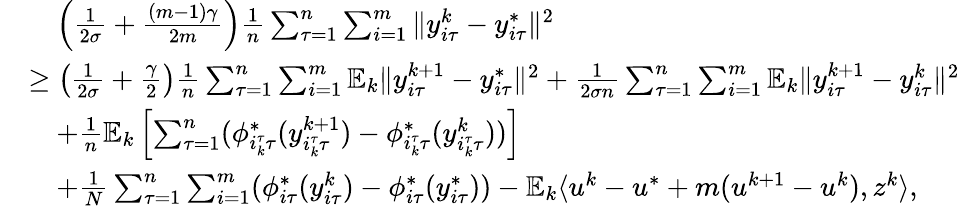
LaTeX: \begin{array}{rl}&{\quad\left(\frac{1}{2\sigma}+\frac{(m-1)\gamma}{2m}\right)\frac{1}{n}\sum_{\tau=1}^{n}\sum_{i=1}^{m}\| y_{i\tau}^{k}-y_{i\tau}^{*}\| ^{2}}\\ &{\geq\left(\frac{1}{2\sigma}+\frac{\gamma}{2}\right)\frac{1}{n}\sum_{\tau=1}^{n}\sum_{i=1}^{m}\mathbb{E}_{k}\| y_{i\tau}^{k+1}-y_{i\tau}^{*}\| ^{2}+\frac{1}{2\sigma n}\sum_{\tau=1}^{n}\sum_{i=1}^{m}\mathbb{E}_{k}\| y_{i\tau}^{k+1}-y_{i\tau}^{k}\| ^{2}}\\ &{\quad+\frac{1}{n}\mathbb{E}_{k}\left[\sum_{\tau=1}^{n}(\phi_{i_{k}^{\tau}\tau}^{*}(y_{i_{k}^{\tau}\tau}^{k+1})-\phi_{i_{k}^{\tau}\tau}^{*}(y_{i_{k}^{\tau}\tau}^{k}))\right]}\\ &{\quad+\frac{1}{N}\sum_{\tau=1}^{n}\sum_{i=1}^{m}(\phi_{i\tau}^{*}(y_{i\tau}^{k})-\phi_{i\tau}^{*}(y_{i\tau}^{*}))-\mathbb{E}_{k}\langle u^{k}-u^{*}+m(u^{k+1}-u^{k}),z^{k}\rangle,}\end{array}